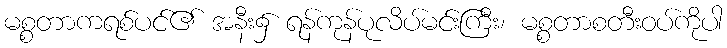
မစ္စတာကရစ်ပင်၏ အနီး၌ ရန်ကုန်ပုလိပ်မင်းကြီး၊ မစ္စတာစတီးဝပ်ကိုပါ